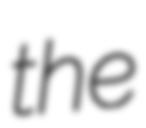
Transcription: the